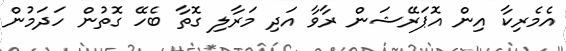
އެމެރިކާ އިން އޮޕަރޭޝަން ރާވާ އަދި މަރާލި ގޮތާ ބެހޭ ގޮތުން ހަދަމުން